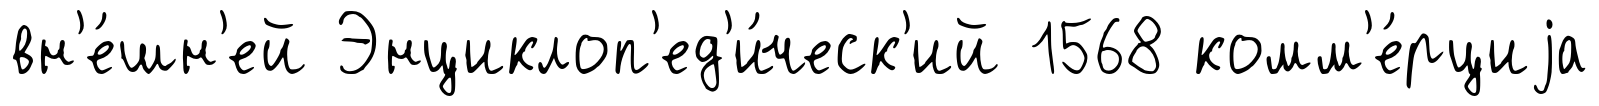
вн'е́шн'ей Энциклоп'ед'и́ческ'ий 1568 комм'е́рциjа